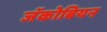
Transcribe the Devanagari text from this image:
जॅकोबियन